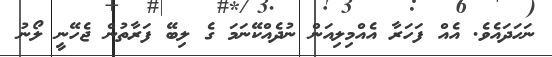
ނަހަދައެވެ. އެއް ފަހަރާ އެއްމިލިއަން ނުދެއްކޭނަމަ ގެ ލިބޭ ފަރާތުން ޖެހޭނީ ލޯނު